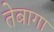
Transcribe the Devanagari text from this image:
तेबागा